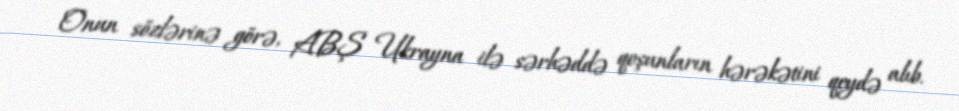
Onun sözlərinə görə, ABŞ Ukrayna ilə sərhəddə qoşunların hərəkətini qeydə alıb.